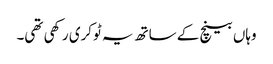
وہاں بینچ کے ساتھ یہ ٹوکری رکھی تھی۔